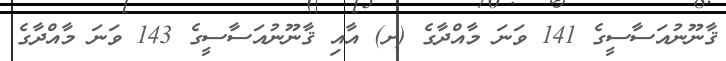
ޤާނޫނުއަސާސީގެ 141 ވަނަ މާއްދާގެ (ށ) އާއި ޤާނޫނުއަސާސީގެ 143 ވަނަ މާއްދާގެ